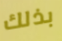
بذلك